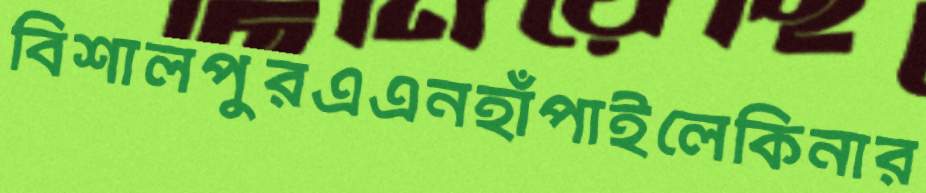
বিশালপুরএএনহাঁপাইলেকিনার